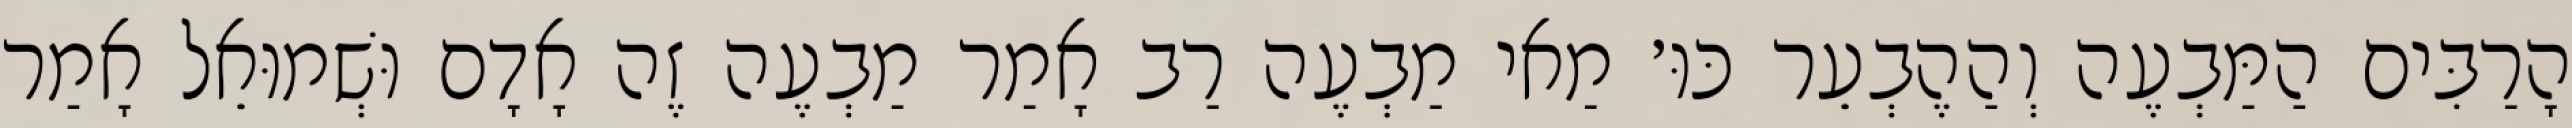
הָרַבִּים הַמַּבְעֶה וְהַהֶבְעֵר כּוּ׳ מַאי מַבְעֶה רַב אָמַר מַבְעֶה זֶה אָדָם וּשְׁמוּאֵל אָמַר